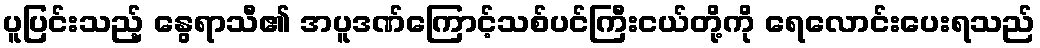
ပူပြင်းသည့် နွေရာသီ၏ အပူဒဏ်ကြောင့်သစ်ပင်ကြီးငယ်တို့ကို ရေလောင်းပေးရသည်